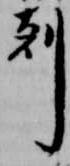
剋